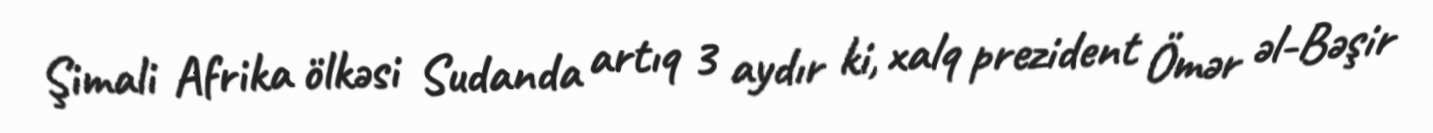
Şimali Afrika ölkəsi Sudanda artıq 3 aydır ki, xalq prezident Ömər əl-Bəşir